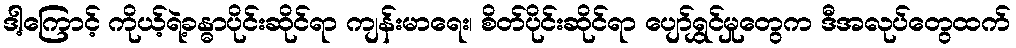
ဒါ့ကြောင့် ကိုယ့်ရဲ့ခန္ဓာပိုင်းဆိုင်ရာ ကျန်းမာရေး၊ စိတ်ပိုင်းဆိုင်ရာ ပျော်ရွှင်မှုတွေက ဒီအလုပ်တွေထက်